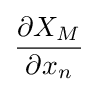
{\frac {\partial X_{M}}{\partial x_{n}}}